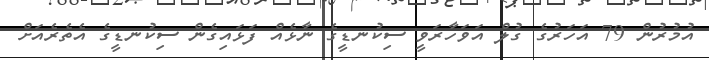
އުމުރުން 79 އަހަރުގެ ގުލް އަވަހާރަވީ ސިކުނޑީގެ ނާޅެއް ފަޅައިގެން ސިކުނޑީގެ އެތެރެއަށް